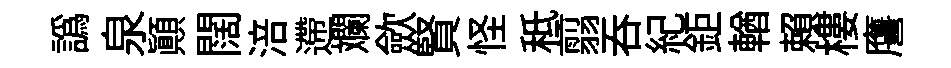
譌泉顚闊涪遰斕歛賢怪秪翦呑紀鉅輶賴樓譍